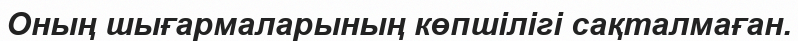
Оның шығармаларының көпшілігі сақталмаған.